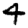
Digit: 4